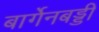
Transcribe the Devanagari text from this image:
बार्गेनबड्डी